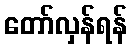
တော်လှန်ရန်